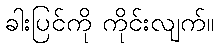
ခါးပြင်ကို ကိုင်းလျက်။